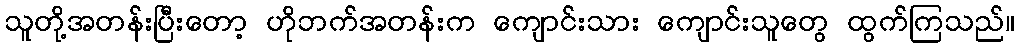
သူတို့အတန်းပြီးတော့ ဟိုဘက်အတန်းက ကျောင်းသား ကျောင်းသူတွေ ထွက်ကြသည်။